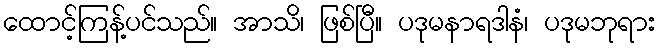
ထောင့်ကြန့်ပင်သည်။ အာသိ၊ ဖြစ်ပြီ။ ပဒုမနာရဒါနံ၊ ပဒုမဘုရား